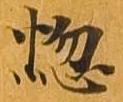
悩